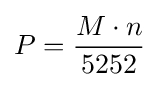
P={M\cdot n \over 5252}